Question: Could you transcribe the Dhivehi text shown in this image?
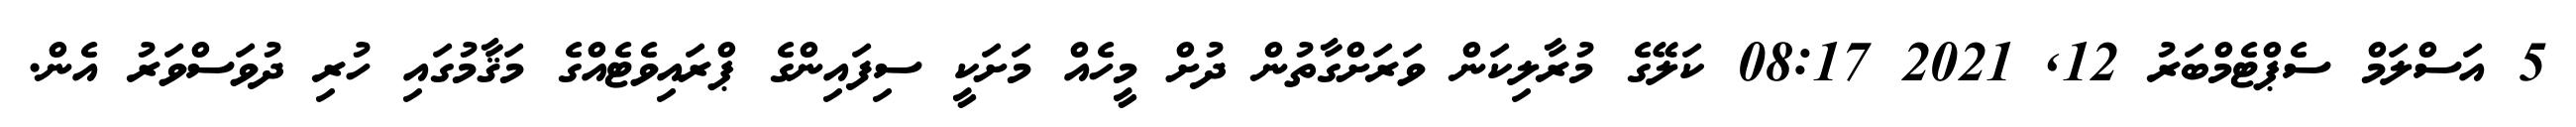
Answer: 5 އަސްލަމް ސެޕްޓެމްބަރު 12, 2021 08:17 ކަލޭގެ މުރާލިކަން ވަރަށްގާތުން ދުށް މީހެއް މަށަކީ ސިފައިންގެ ޕްރައިވެޓެއްގެ މަޤާމުގައި ހުރި ދުވަސްވަރު އެން.